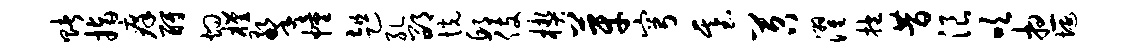
赌指痒酹灼槿擎幢趄孔邵恍邱伎楔芽穹基苕濯抱昔浪吹想埏